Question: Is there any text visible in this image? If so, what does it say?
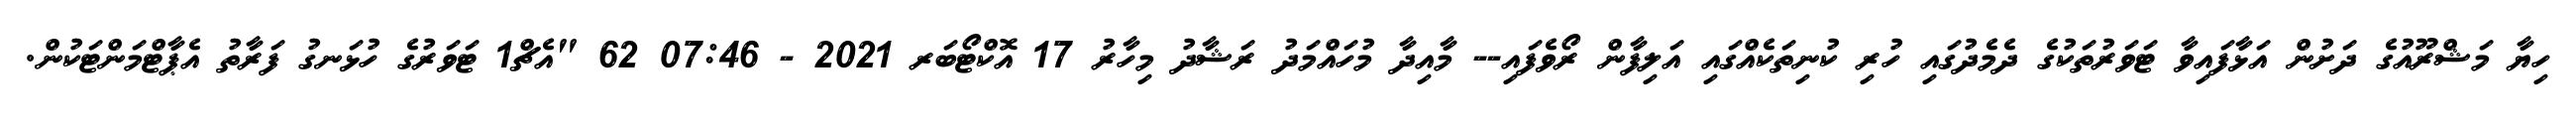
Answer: ހިޔާ މަޝްރޫއުގެ ދަށުން އަޅާފައިވާ ޓަވަރުތަކުގެ ދެމެދުގައި ހުރި ކުނިތަކެއްގައި އަލިފާން ރޯވެފައި-- މާއިދާ މުހައްމަދު ރަޝާދު މިހާރު 17 އޮކްޓޯބަރ 2021 - 07:46 62 "އެޗް1 ޓަވަރުގެ ހުޅަނގު ފަރާތު އެޕާޓްމަންޓަކުން.